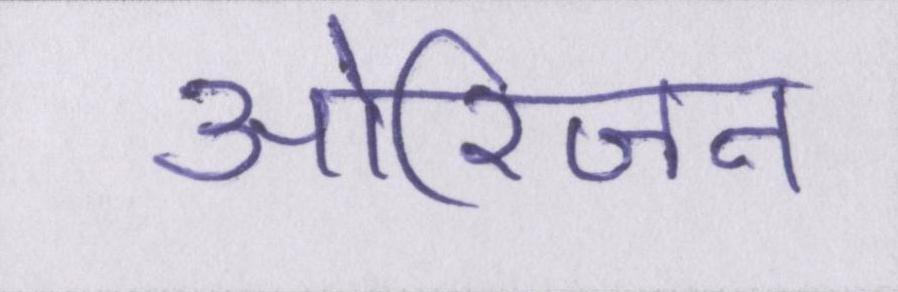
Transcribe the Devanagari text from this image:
ओरिजन